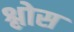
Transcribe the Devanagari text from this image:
श्लोस